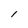
Character: I